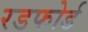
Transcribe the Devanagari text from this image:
रडफोर्ड